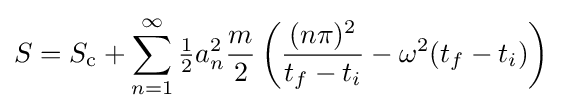
S=S_{\text{c}}+\sum _{n=1}^{\infty }{\tfrac {1}{2}}a_{n}^{2}{\frac {m}{2}}\left({\frac {(n\pi )^{2}}{t_{f}-t_{i}}}-\omega ^{2}(t_{f}-t_{i})\right)